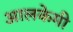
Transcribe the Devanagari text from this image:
आलकेमी